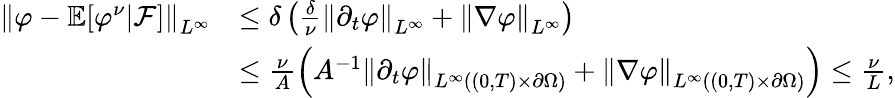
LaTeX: \begin{array}{rl}{\left\lVert\varphi-\mathbb E[\varphi^{\nu}|\mathcal F]\right\rVert_{L^{\infty}}}&{\le\delta\left(\frac\delta\nu\left\lVert\partial_{t}\varphi\right\rVert_{L^{\infty}}+\left\lVert\nabla\varphi\right\rVert_{L^{\infty}}\right)}\\ &{\le\frac\nu A\left(A^{-1}\left\lVert\partial_{t}\varphi\right\rVert_{L^{\infty}((0,T)\times\partial\Omega)}+\left\lVert\nabla\varphi\right\rVert_{L^{\infty}((0,T)\times\partial\Omega)}\right)\le\frac\nu L,}\end{array}